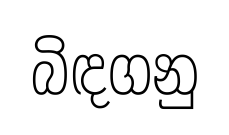
බිඳගනු